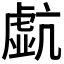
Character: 𧇠